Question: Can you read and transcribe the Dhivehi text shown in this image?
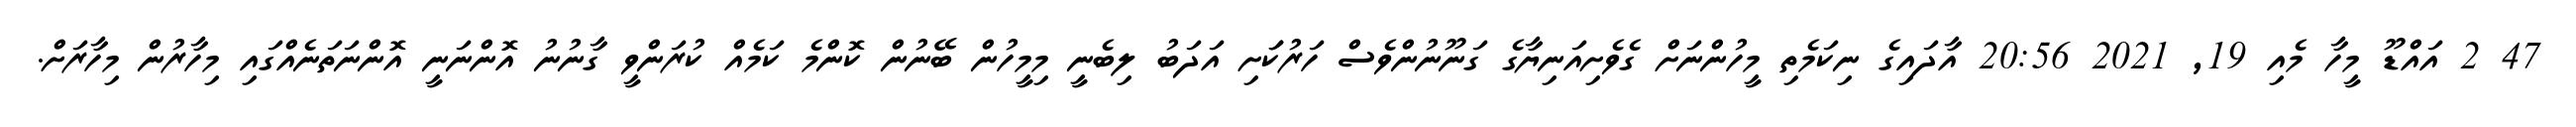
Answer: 47 2 އައްޑޫ މީހާ މެއި 19, 2021 20:56 އާދައިގެ ނިކަމެތި މީހުންނަށް ގެވެށިއަނިޔާގެ ގަނޫނުންވެސް ހަރުކަަށި އަދަބު ލިބެނީ މިމީހުން ބޭނުން ކޮންމެ ކަމެއް ކުރަންވީ ގާނުނު އޮންނަނީ އޮންނަތަނެއްގައި މިހާރުން މިހާރަށް.